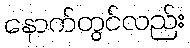
နောက်တွင်လည်း